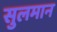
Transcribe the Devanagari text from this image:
सुलमान